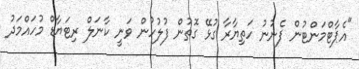
"އެޕާޓްމަންޓުން ފެނުނު ހަތިޔާރާ ގުޅޭ ގޮތުން ފުލުހުން ވަނީ ކާނަލް ރިޓަޔާޑް މުހައްމަދު